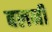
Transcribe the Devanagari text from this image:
बलनी